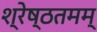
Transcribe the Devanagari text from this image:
श्रेष्ठतमम्